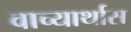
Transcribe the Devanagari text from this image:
वाच्यार्थास